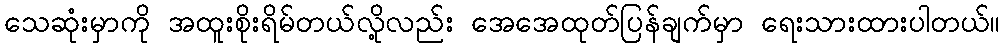
သေဆုံးမှာကို အထူးစိုးရိမ်တယ်လို့လည်း အေအေထုတ်ပြန်ချက်မှာ ရေးသားထားပါတယ်။